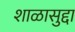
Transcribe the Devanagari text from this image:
शाळासुद्दा